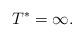
LaTeX: \begin{align*}T^{*}=\infty.\end{align*}